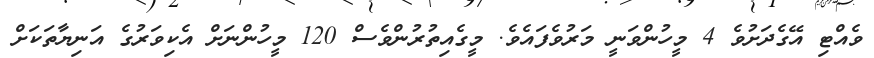
ވެއްޓި އޭގެދަށުވެ 4 މީހުންވަނީ މަރުވެފައެވެ. މީގެއިތުރުންވެސް 120 މީހުންނަށް އެކިވަރުގެ އަނިޔާތަކަށް